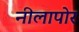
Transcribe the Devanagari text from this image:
नीलापोर